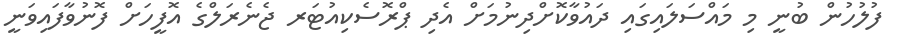
ފުލުހުން ބުނީ މި މައްސަލައިގައި ދައުވާކޮށްދިނުމަށް އެދި ޕްރޮސެކިއުޓަރ ޖެނެރަލްގެ އޮފީހަށް ފޮނުވާފައިވަނީ